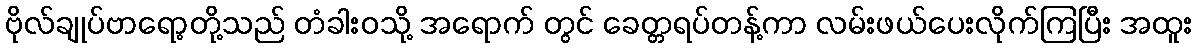
ဗိုလ်ချုပ်ဗာရော့တို့သည် တံခါးဝသို့ အရောက် တွင် ခေတ္တရပ်တန့်ကာ လမ်းဖယ်ပေးလိုက်ကြပြီး အထူး